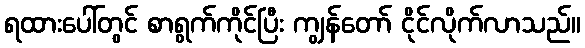
ရထားပေါ်တွင် စာရွက်ကိုင်ပြီး ကျွန်တော် ငိုင်လိုက်လာသည်။